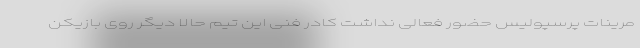
مرینات پرسپولیس حضور فعالی نداشت کادر فنی این تیم حالا دیگر روی بازیکن